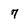
Character: 7